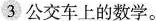
3公交车上的数学。